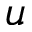
\boldsymbol { u }